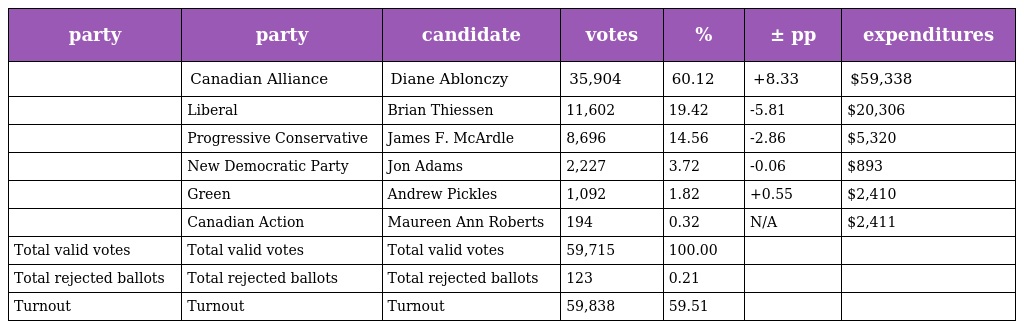
| party | party | candidate | votes | % | ± pp | expenditures |
 | --- | --- | --- | --- | --- | --- | --- |
 |  | Canadian Alliance | Diane Ablonczy | 35,904 | 60.12 | +8.33 | $59,338 |
 |  | Liberal | Brian Thiessen | 11,602 | 19.42 | -5.81 | $20,306 |
 |  | Progressive Conservative | James F. McArdle | 8,696 | 14.56 | -2.86 | $5,320 |
 |  | New Democratic Party | Jon Adams | 2,227 | 3.72 | -0.06 | $893 |
 |  | Green | Andrew Pickles | 1,092 | 1.82 | +0.55 | $2,410 |
 |  | Canadian Action | Maureen Ann Roberts | 194 | 0.32 | N/A | $2,411 |
 | Total valid votes | Total valid votes | Total valid votes | 59,715 | 100.00 |  |  |
 | Total rejected ballots | Total rejected ballots | Total rejected ballots | 123 | 0.21 |  |  |
 | Turnout | Turnout | Turnout | 59,838 | 59.51 |  |  |